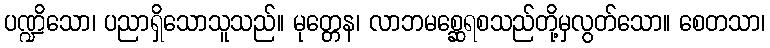
ပဏ္ဍိသော၊ ပညာရှိသောသူသည်။ မုတ္တေန၊ လာဘမစ္ဆေရစသည်တို့မှလွတ်သော။ စေတသာ၊